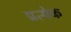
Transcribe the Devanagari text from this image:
प्रत्येेक